Lunatic asylums United Provinces 1899-1908 - 1899-1908
Year: 1899
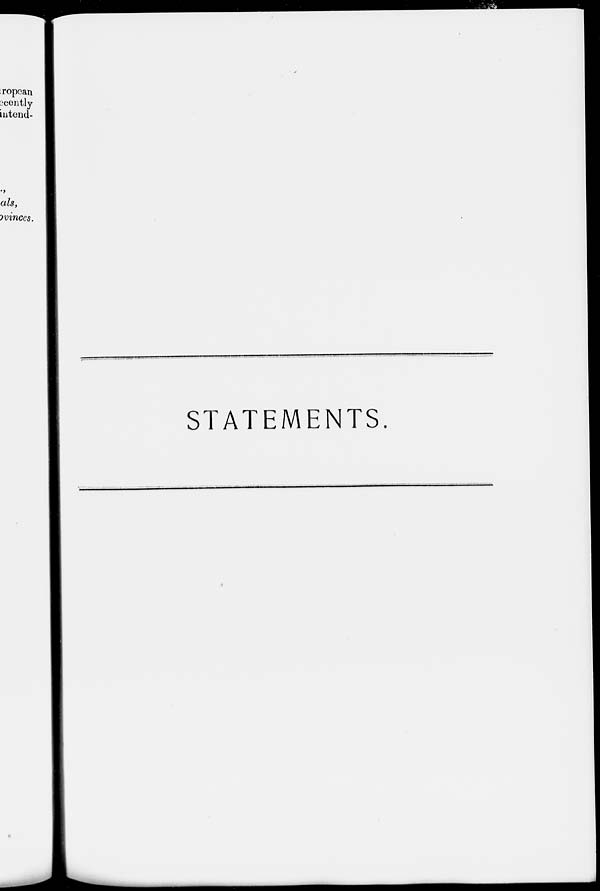
STATEMENTS.